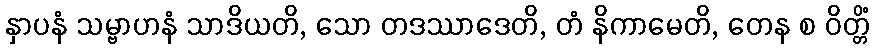
နှာပနံ သမ္ဗာဟနံ သာဒိယတိ, သော တဒဿာဒေတိ, တံ နိကာမေတိ, တေန စ ဝိတ္တိံ